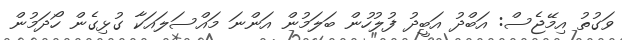
ވަގުތު އިމޭޖެސް: އަބްދު އަބީދު ފުލުހުން ބަލަމުން އަންނަ މައްސަލައަކާ ގުޅިގެން ހޯދަމުން